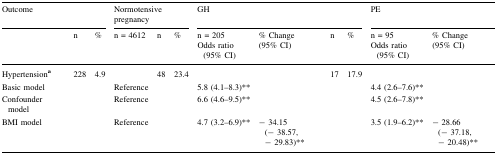
<table><thead><tr><td colspan="3"><b>Outcome</b></td><td colspan="3"><b>Normotensive pregnancy</b></td><td colspan="4"><b>GH</b></td><td colspan="2"><b>PE</b></td></tr><tr><td></td><td><b>n</b></td><td><b>%</b></td><td><b>n = 4612</b></td><td><b>n</b></td><td><b>%</b></td><td><b>n = 205Odds ratio (95% CI)</b></td><td><b>% Change(95% CI)</b></td><td><b>n</b></td><td><b>%</b></td><td><b>n = 95Odds ratio (95% CI)</b></td><td><b>% Change(95% CI)</b></td></tr></thead><tbody><tr><td>Hypertension<sup><b>a</b></sup></td><td>228</td><td>4.9</td><td></td><td>48</td><td>23.4</td><td></td><td></td><td>17</td><td>17.9</td><td></td><td></td></tr><tr><td>Basic model</td><td></td><td></td><td>Reference</td><td></td><td></td><td>5.8 (4.1–8.3)**</td><td></td><td></td><td></td><td>4.4 (2.6–7.6)**</td><td></td></tr><tr><td>Confounder model</td><td></td><td></td><td>Reference</td><td></td><td></td><td>6.6 (4.6–9.5)**</td><td></td><td></td><td></td><td>4.5 (2.6–7.8)**</td><td></td></tr><tr><td>BMI model</td><td></td><td></td><td>Reference</td><td></td><td></td><td>4.7 (3.2–6.9)**</td><td>− 34.15 (− 38.57, − 29.83)**</td><td></td><td></td><td>3.5 (1.9–6.2)**</td><td>− 28.66 (− 37.18, − 20.48)**</td></tr></tbody></table>